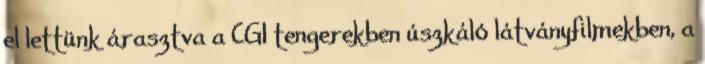
el lettünk árasztva a CGI tengerekben úszkáló látványfilmekben, a